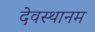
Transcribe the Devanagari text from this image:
देवस्‍थानम